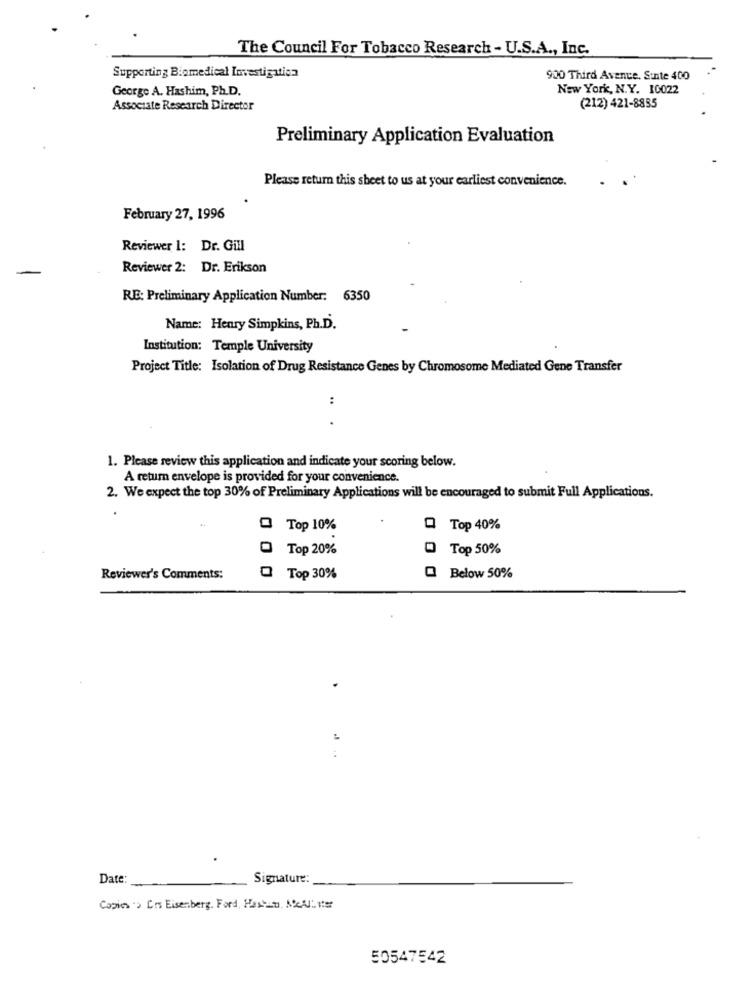
The Council For Tobacco Research - U.S.A ., Inc.
Supporting Biomedical Investigation
900 Third Avenue. Sunte 400
George A. Hashim, Ph.D.
New York, N.Y. 10022
(212) 421-8835
Associate Research Director
Preliminary Application Evaluation
Please return this sheet to us at your earliest convenience.
February 27, 1996
Reviewer 1: Dr. Gill
Reviewer 2: Dr. Erikson
RE: Preliminary Application Number: 6350
Name: Henry Simpkins, Ph.D.
Institution: Temple University
Project Title: Isolation of Drug Resistance Genes by Chromosome Mediated Gene Transfer
:
1. Please review this application and indicate your scoring below.
A return envelope is provided for your convenience.
2. We expect the top 30% of Preliminary Applications will be encouraged to submit Full Applications.
Top 10%
Q Top 40%
Top 20%
Top 50%
Reviewer's Comments:
O Top 30%
Q Below 50%
Date:
Signature:
Copies'> Les Eisenberg. Ford, Hastaa, NºcAl ver
50547542